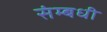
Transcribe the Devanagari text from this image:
संम्बधी